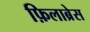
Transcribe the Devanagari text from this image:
फ़िलाब्रेस